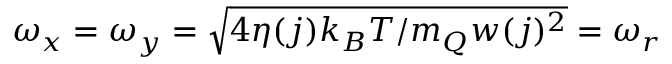
\omega _ { x } = \omega _ { y } = \sqrt { 4 \eta ( j ) k _ { B } T / m _ { Q } w ( j ) ^ { 2 } } = \omega _ { r }